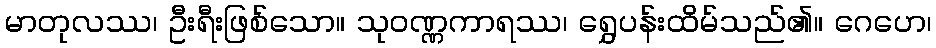
မာတုလဿ၊ ဦးရီးဖြစ်သော။ သုဝဏ္ဏကာရဿ၊ ရွှေပန်းထိမ်သည်၏။ ဂေဟေ၊